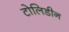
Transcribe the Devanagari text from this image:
टोलिडीन